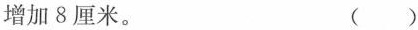
增加8厘米。 ()